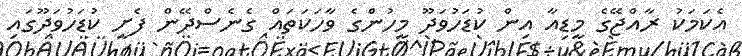
އެކަމަކު ރާއްޖޭގެ މީޑިއާ އިން ކުޑަހުވަދޫ މީހުންގެ ވާހަކަތައް ގެނެސްދޭން ފެށީ ކުޑަހުވަދޫގައި